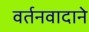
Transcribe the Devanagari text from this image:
वर्तनवादाने